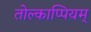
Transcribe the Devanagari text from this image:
तोल्काप्पियम्